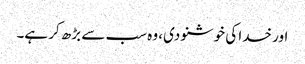
اور خدا کی خوشنودی، وہ سب سے بڑھ کر ہے۔